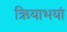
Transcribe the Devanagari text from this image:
ऋियाभयां